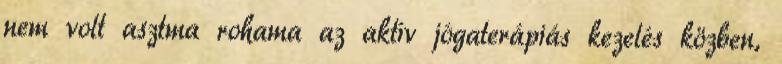
nem volt asztma rohama az aktív jógaterápiás kezelés közben,